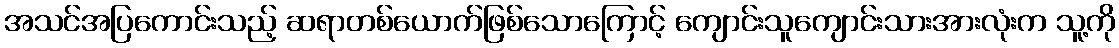
အသင်အပြကောင်းသည့် ဆရာတစ်ယောက်ဖြစ်သောကြောင့် ကျောင်းသူကျောင်းသားအားလုံးက သူ့ကို